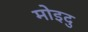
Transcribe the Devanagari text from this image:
मोइदु